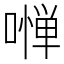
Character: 𠼺